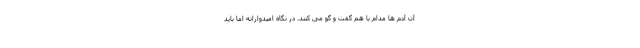
آن آدم ها مدام با هم گفت و گو می کنند. در نگاه امیدوارانه اما باید